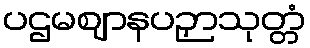
ပဌမဈာနပဉှာသုတ္တံ